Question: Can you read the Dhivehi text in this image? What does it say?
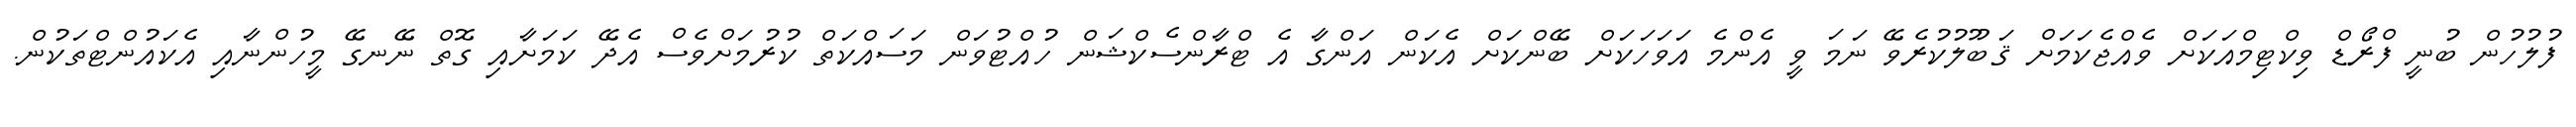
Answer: ފުލުހުން ބުނީ ފްރޯޑް ވިކްޓިމްއަކަށް ވެއްޖެކަމަށް ޤަބޫލުކުރެވޭ ނަމަ ވީ އެންމެ އަވަހަކަށް ބޭންކަށް އެކަން އަންގާ އެ ޓްރާންސެކްޝަން ހުއްޓުވަން މަސައްކަތް ކުރުމަށްވެސް އެދޭ ކަމަށާއި ގޮތް ނޭނގޭ މީހުންނާއި އެކައުންޓްތަކުން.